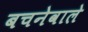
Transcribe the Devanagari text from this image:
बचनेवाले